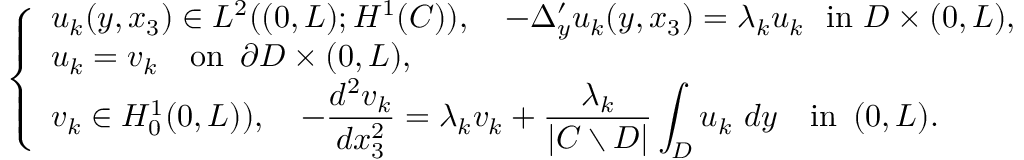
\left\{ \begin{array} { l l } { u _ { k } ( y , x _ { 3 } ) \in L ^ { 2 } ( ( 0 , L ) ; H ^ { 1 } ( C ) ) , \quad \displaystyle - \Delta _ { y } ^ { \prime } u _ { k } ( y , x _ { 3 } ) = \lambda _ { k } u _ { k } \, \, \, \, \mathrm { i n } \, \, D \times ( 0 , L ) , } \\ { u _ { k } = v _ { k } \quad \mathrm { o n } \, \, \, \partial D \times ( 0 , L ) , } \\ { v _ { k } \in H _ { 0 } ^ { 1 } ( 0 , L ) ) , \quad \displaystyle - \frac { d ^ { 2 } v _ { k } } { d x _ { 3 } ^ { 2 } } = \lambda _ { k } v _ { k } + \frac { \lambda _ { k } } { \vert C \setminus D \vert } \displaystyle \int _ { D } u _ { k } \ d y \quad \mathrm { i n } \, \, \, ( 0 , L ) . } \end{array} \right.